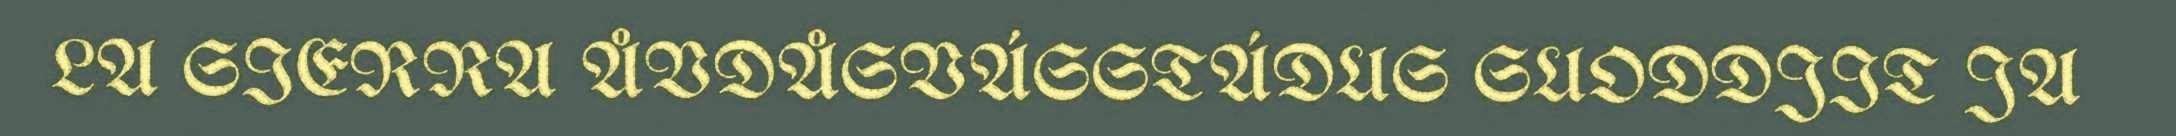
LA SIERRA ÅVDÅSVÁSSTÁDUS SUODDJIT JA